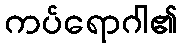
ကပ်ရောဂါ၏